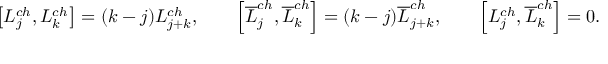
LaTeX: \left[ L _ { j } ^ { c h } , L _ { k } ^ { c h } \right] = ( k - j ) L _ { j + k } ^ { c h } , \qquad \left[ \overline { { L } } _ { j } ^ { c h } , \overline { { L } } _ { k } ^ { c h } \right] = ( k - j ) \overline { { L } } _ { j + k } ^ { c h } , \qquad \left[ L _ { j } ^ { c h } , \overline { { L } } _ { k } ^ { c h } \right] = 0 .